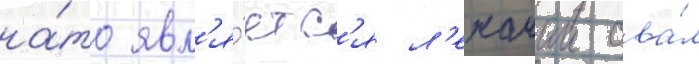
на́то явл'я́етс'я л'ежачии ова́л